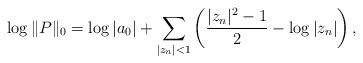
LaTeX: \begin{align*} \log\|P\|_0 = \log|a_0| + \sum_{|z_n|<1}\left(\frac{|z_n|^2-1}{2}-\log |z_n|\right),\end{align*}